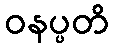
ဝနပ္ပတိ